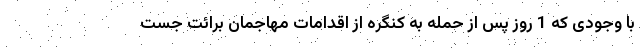
با وجودی که 1 روز پس از حمله به کنگره از اقدامات مهاجمان برائت جست